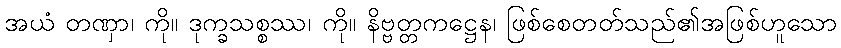
အယံ တဏှာ၊ ကို။ ဒုက္ခသစ္စဿ၊ ကို။ နိဗ္ဗတ္တကဋ္ဌေန၊ ဖြစ်စေတတ်သည်၏အဖြစ်ဟူသော